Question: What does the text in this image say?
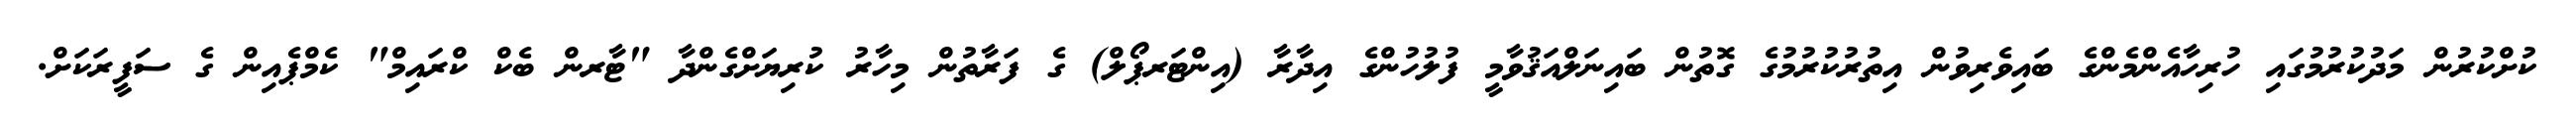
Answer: ކުށްކުރުން މަދުކުރުމުގައި ހުރިހާއެންމެންގެ ބައިވެރިވުން އިތުރުކުރުމުގެ ގޮތުން ބައިނަލްއަޤުވާމީ ފުލުހުންގެ އިދާރާ (އިންޓަރޕޯލް) ގެ ފަރާތުން މިހާރު ކުރިޔަށްގެންދާ "ޓާރން ބެކް ކްރައިމް" ކެމްޕެއިން ގެ ސަފީރަކަށް.